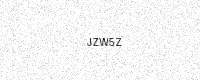
Text: JZW5Z